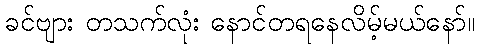
ခင်ဗျား တသက်လုံး နောင်တရနေလိမ့်မယ်နော်။